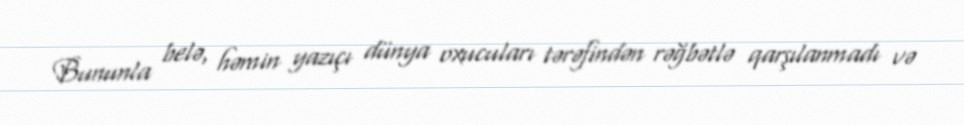
Bununla belə, həmin yazıçı dünya oxucuları tərəfindən rəğbətlə qarşılanmadı və